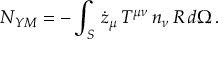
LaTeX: N _ { Y M } = - \int _ { S } \, \dot { z } _ { \mu } \, T ^ { \mu \nu } \, n _ { \nu } \, R \, d \Omega \, .